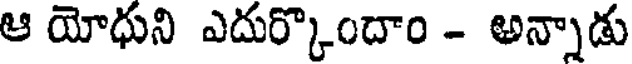
ఆ యోధుని ఎదుర్కొందాం - అన్నాడు